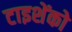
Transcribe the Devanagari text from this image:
टाइशेंको